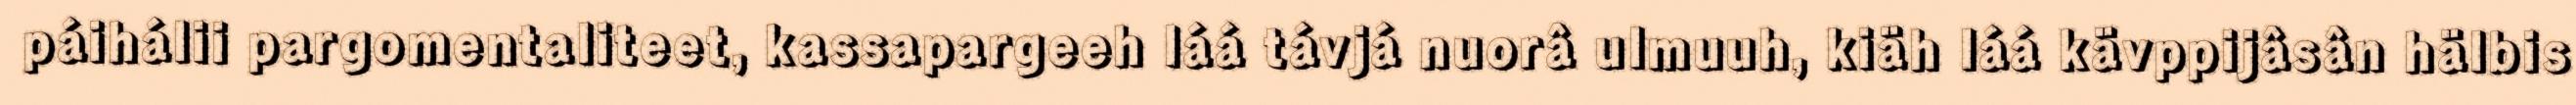
páihálii pargomentaliteet, kassapargeeh láá távjá nuorâ ulmuuh, kiäh láá kävppijâsân hälbis